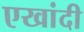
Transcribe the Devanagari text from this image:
एखांदी